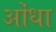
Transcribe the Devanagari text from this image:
ओंधा